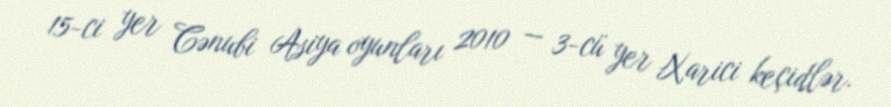
15-ci yer Cənubi Asiya oyunları 2010 — 3-cü yer Xarici keçidlər.